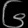
Digit: ၆